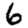
Digit: 6